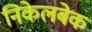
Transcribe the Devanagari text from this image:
निकेलबेक